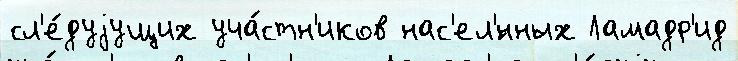
сл'е́дуjущих уча́стн'иков нас'ел'́нных Ламадр'ид